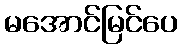
မအောင်မြင်ပေ